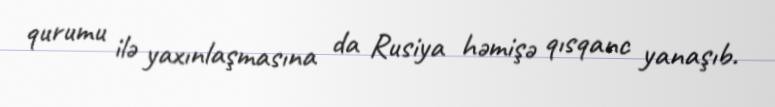
qurumu ilə yaxınlaşmasına da Rusiya həmişə qısqanc yanaşıb.